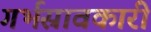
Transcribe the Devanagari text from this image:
गर्भस्रावकारी